65_HS1-834228961_62-HQ-83894_Section_10
Agency: FBI
Page 49
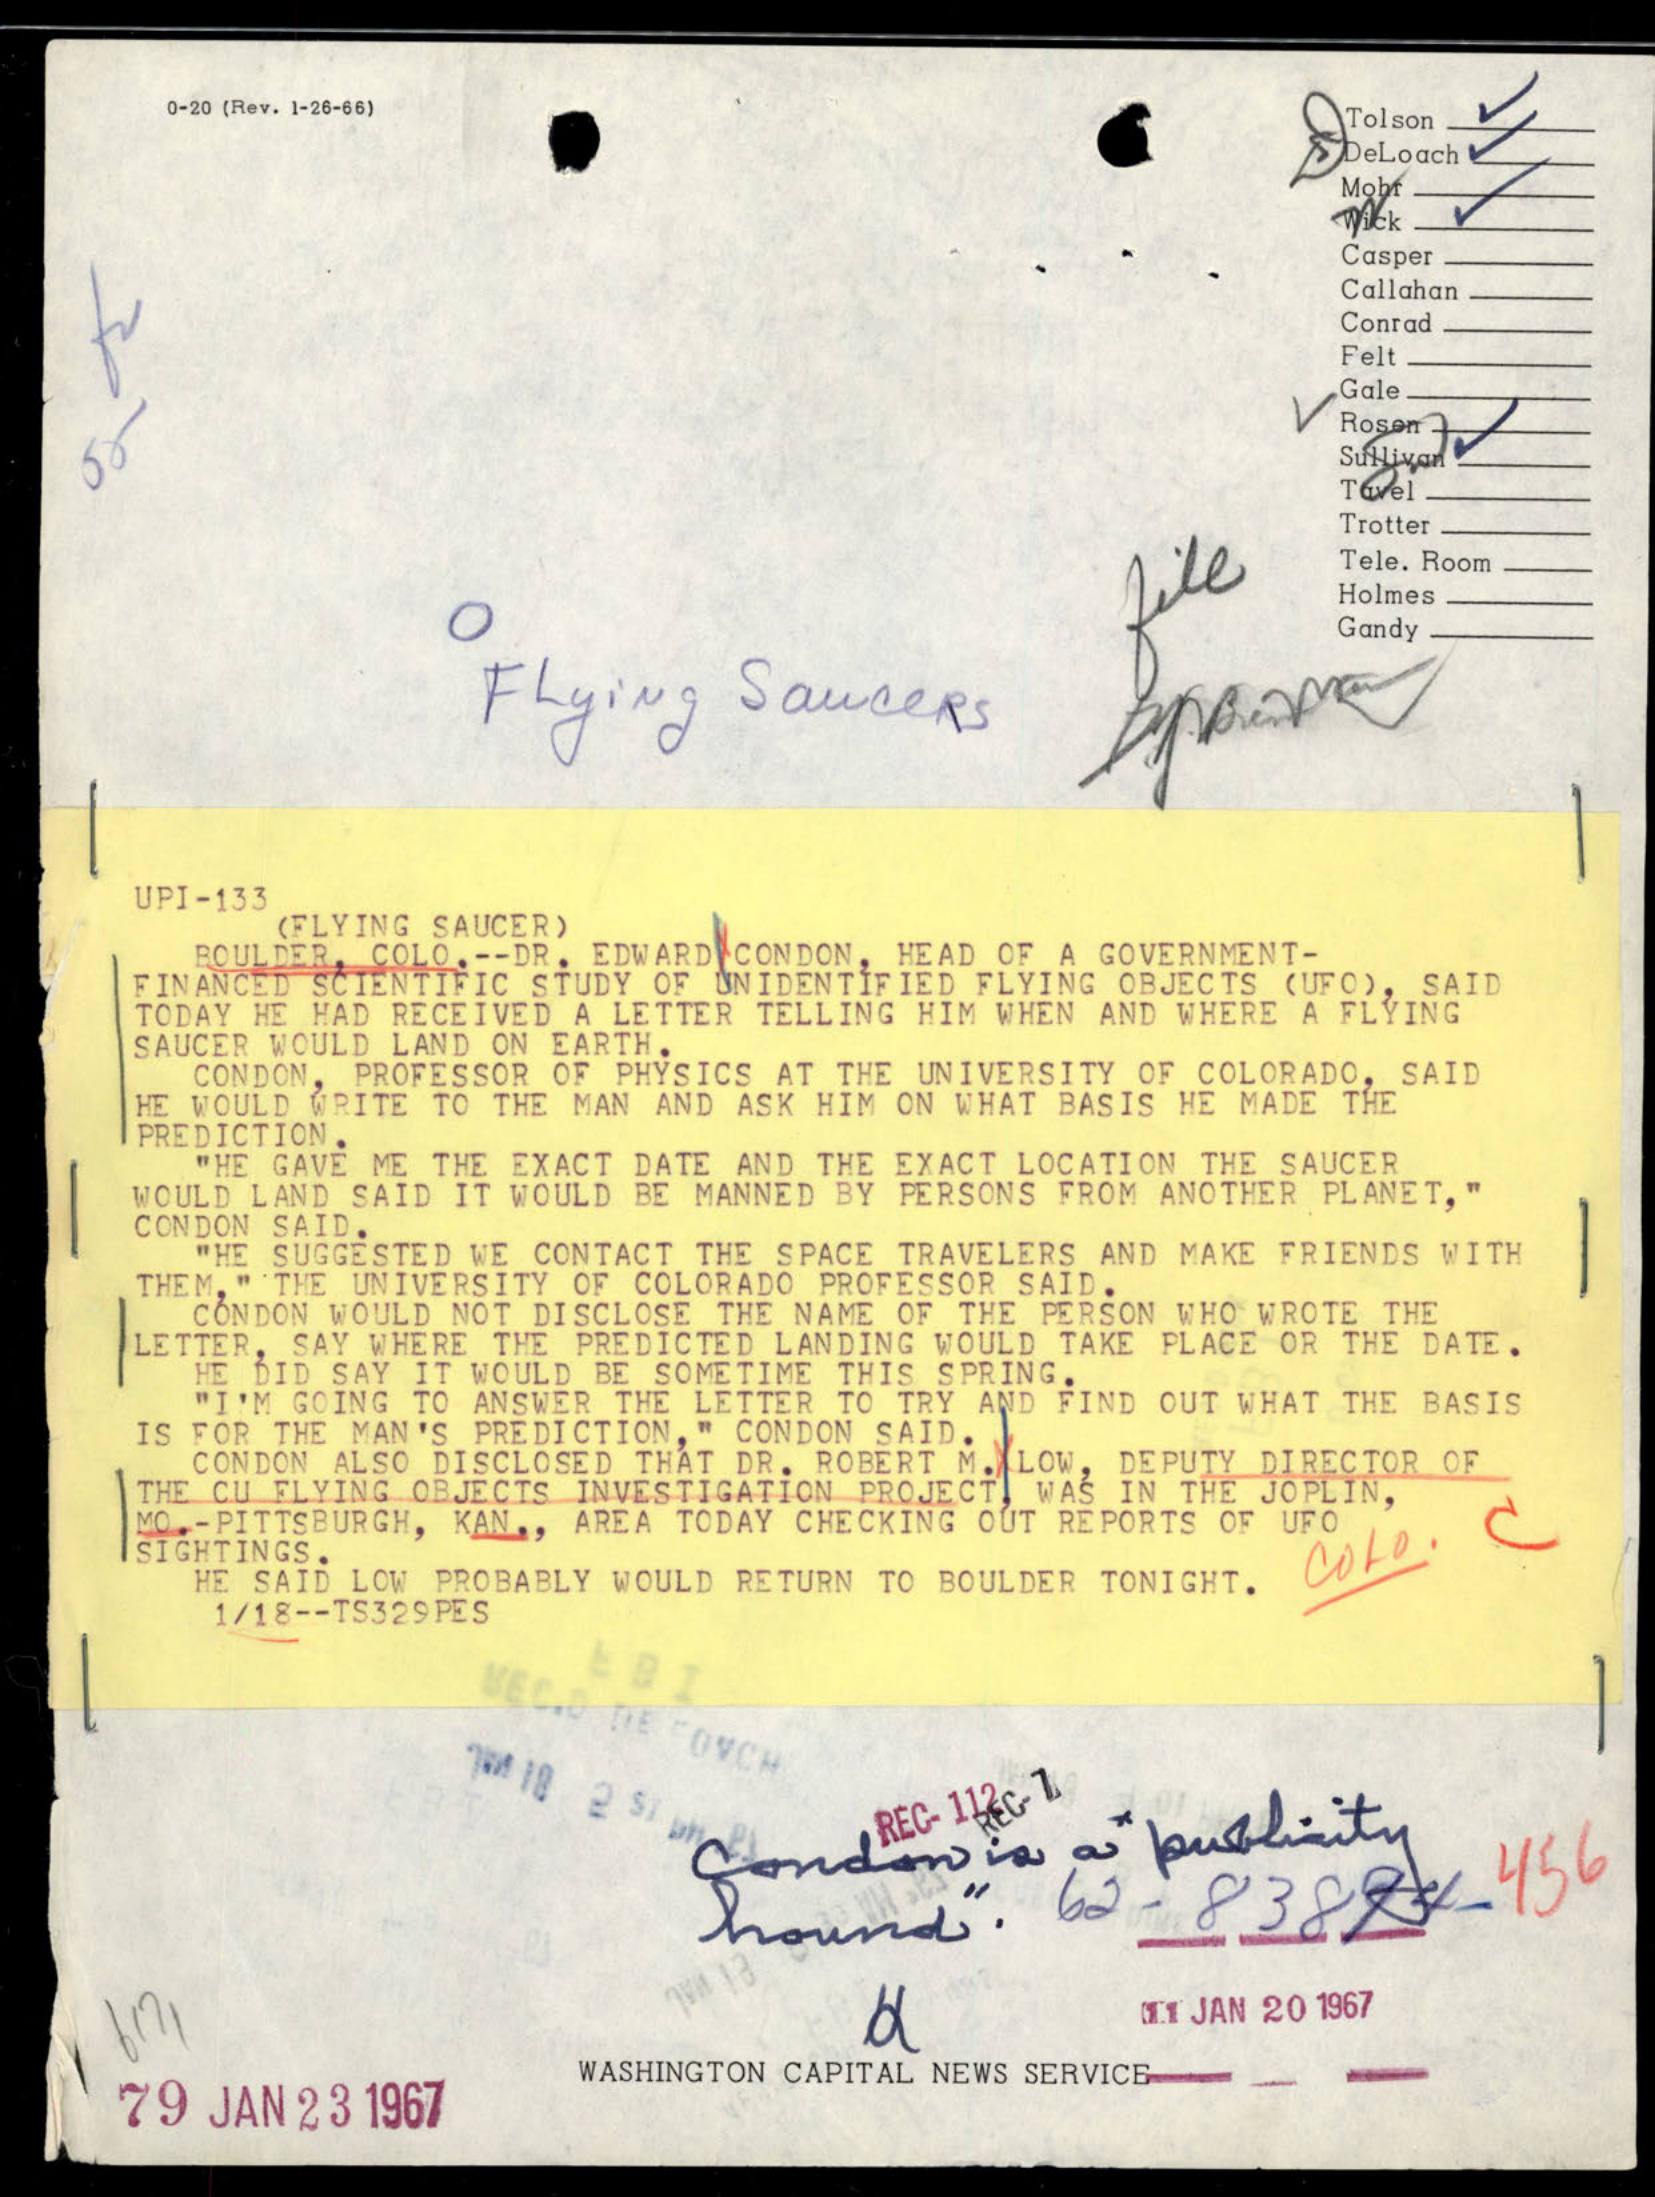